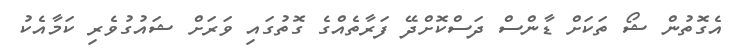
އެގޮތުން ޝޯ ތަކަށް ޑާންސް ދަސްކޮށްދޭ ފަރާތެއްގެ ގޮތުގައި ވަރަށް ޝައުގުވެރި ކަމާއެކު